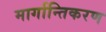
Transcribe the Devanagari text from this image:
मार्गान्तिकरण